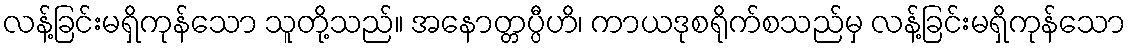
လန့်ခြင်းမရှိကုန်သော သူတို့သည်။ အနောတ္တပ္ပီဟိ၊ ကာယဒုစရိုက်စသည်မှ လန့်ခြင်းမရှိကုန်သော